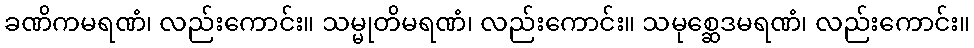
ခဏိကမရဏံ၊ လည်းကောင်း။ သမ္မုတိမရဏံ၊ လည်းကောင်း။ သမုစ္ဆေဒမရဏံ၊ လည်းကောင်း။